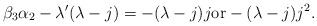
\begin{align*}\beta_3\alpha_2-\lambda'(\lambda-j)=-(\lambda-j)j \mbox{or} -(\lambda-j)j^2.\end{align*}